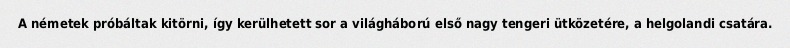
A németek próbáltak kitörni, így kerülhetett sor a világháború első nagy tengeri ütközetére, a helgolandi csatára.